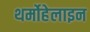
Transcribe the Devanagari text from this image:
थर्मोहेलाइन